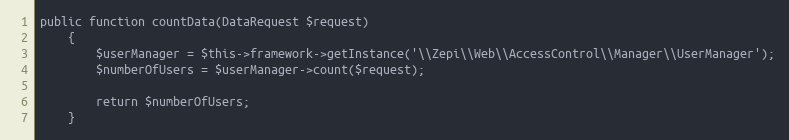
Language: PHP
public function countData(DataRequest $request)
    {
        $userManager = $this->framework->getInstance('\\Zepi\\Web\\AccessControl\\Manager\\UserManager');
        $numberOfUsers = $userManager->count($request);

        return $numberOfUsers;
    }